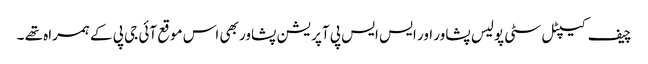
چیف کیپٹل سٹی پولیس پشاور اور ایس ایس پی آپریشن پشاور بھی اس موقع آئی جی پی کے ہمراہ تھے ۔